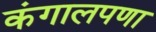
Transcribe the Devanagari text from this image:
कंगालपणा